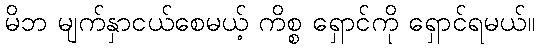
မိဘ မျက်နှာငယ်စေမယ့် ကိစ္စ ရှောင်ကို ရှောင်ရမယ်။